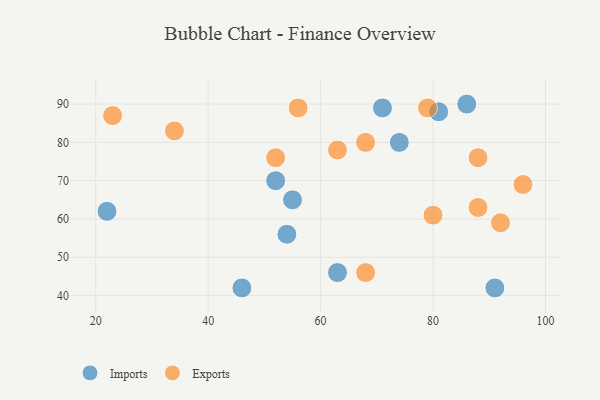
{"axis": {"x": "GDP", "y": "Life Expectancy"}, "legend": ["Exports", "Imports"], "data": [{"x": "91", "y": 42, "type": "Imports"}, {"x": "54", "y": 56, "type": "Imports"}, {"x": "46", "y": 42, "type": "Imports"}, {"x": "74", "y": 80, "type": "Imports"}, {"x": "22", "y": 62, "type": "Imports"}, {"x": "81", "y": 88, "type": "Imports"}, {"x": "52", "y": 70, "type": "Imports"}, {"x": "86", "y": 90, "type": "Imports"}, {"x": "55", "y": 65, "type": "Imports"}, {"x": "63", "y": 46, "type": "Imports"}, {"x": "71", "y": 89, "type": "Imports"}, {"x": "79", "y": 89, "type": "Exports"}, {"x": "52", "y": 76, "type": "Exports"}, {"x": "88", "y": 63, "type": "Exports"}, {"x": "68", "y": 80, "type": "Exports"}, {"x": "63", "y": 78, "type": "Exports"}, {"x": "68", "y": 46, "type": "Exports"}, {"x": "80", "y": 61, "type": "Exports"}, {"x": "92", "y": 59, "type": "Exports"}, {"x": "34", "y": 83, "type": "Exports"}, {"x": "23", "y": 87, "type": "Exports"}, {"x": "88", "y": 76, "type": "Exports"}, {"x": "96", "y": 69, "type": "Exports"}, {"x": "56", "y": 89, "type": "Exports"}]}